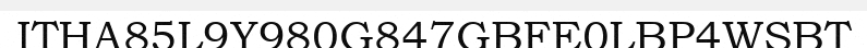
ITHA85L9Y980G847GBFE0LBP4WSBT